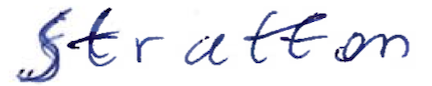
Text: Stratton
Cross-out: clean
Writing tool: ballpoint